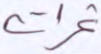
ثمرات